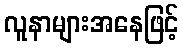
လူနာများအနေဖြင့်